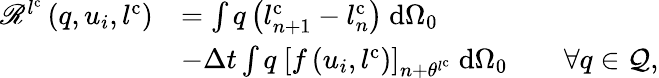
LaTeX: \begin{array}{rl}{\mathscr{R}^{l^{\mathrm{c}}}\left(q,u_{i},l^{\mathrm{c}}\right)}&{=\int q\left(l_{n+1}^{\mathrm{c}}-l_{n}^{\mathrm{c}}\right)\ \mathrm{d}{\Omega_{0}}}\\ &{-\Delta t\int q\ \left[f\left(u_{i},l^{\mathrm{c}}\right)\right]_{n+\theta^{l^{\mathrm{c}}}}\ \mathrm{d}{\Omega_{0}}\qquad\forall q\in{\mathcal{Q}},}\end{array}